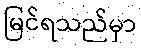
မြင်ရသည်မှာ